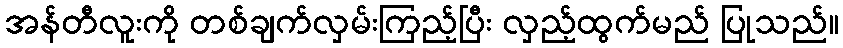
အန်တီလူးကို တစ်ချက်လှမ်းကြည့်ပြီး လှည့်ထွက်မည် ပြုသည်။